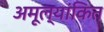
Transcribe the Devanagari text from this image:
अमूल्यांकित